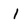
Character: i